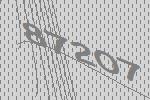
87207